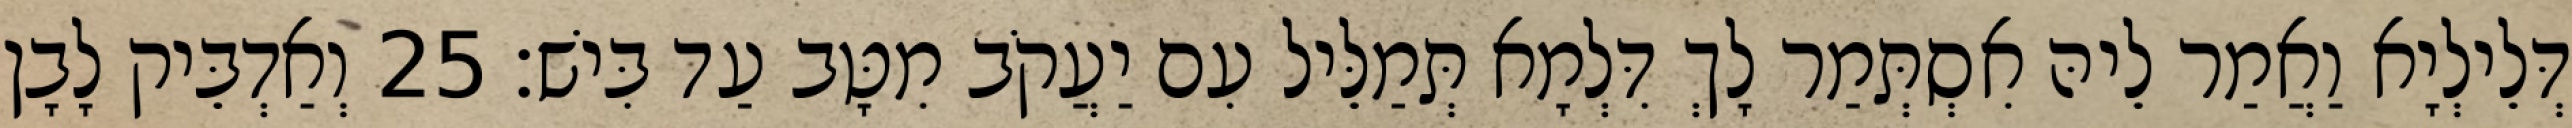
דְּלֵילְיָא וַאֲמַר לֵיהּ אִסְתְּמַר לָךְ דִּלְמָא תְּמַלֵּיל עִם יַעֲקֹב מִטָּב עַד בִּישׁ׃ 25 וְאַדְבֵּיק לָבָן